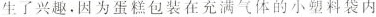
生了兴趣。因为蛋糕包装在充满气体的小塑料袋内